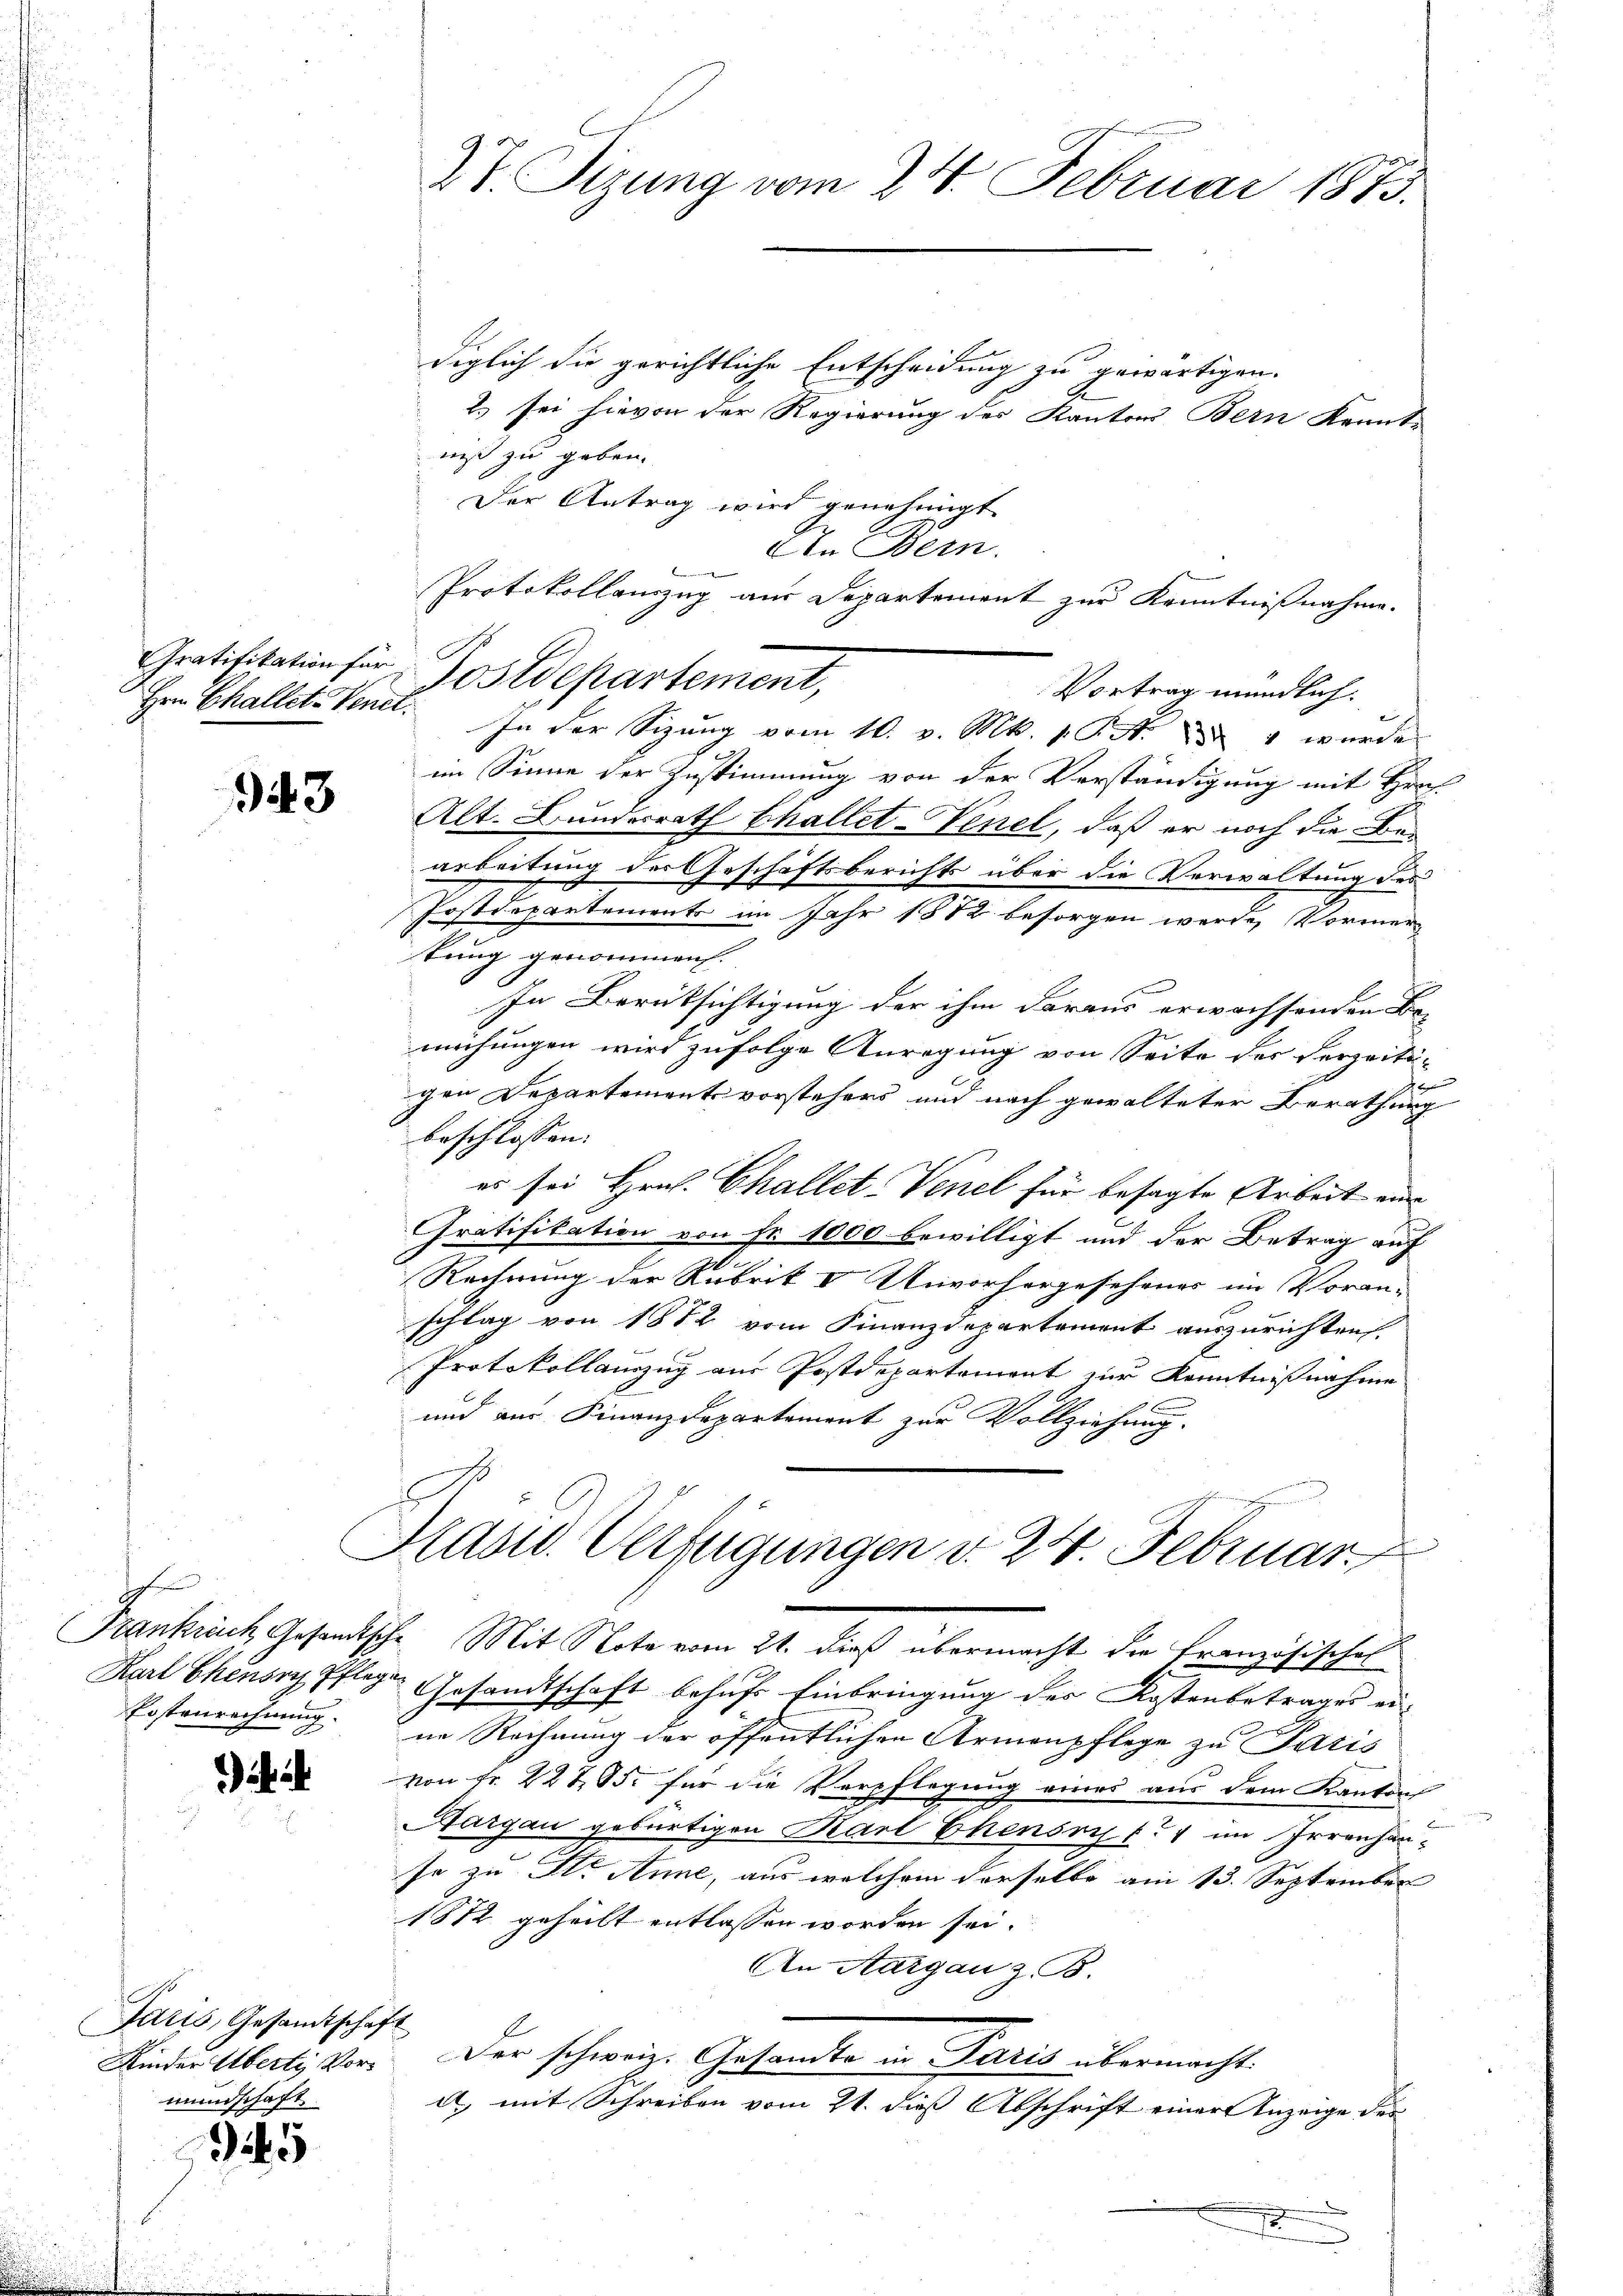
Hrn Challet-Venet.

43

h
Erstenrechnung.

Idris, Gesandtschaft
Kinder Überti Vormundschaft.

5

diglich die gerichtliche Entscheidung zu gewärtigen.
2. sei hievon der Regierung des Kantons Bern kannte
niß zu geben.
Der Antrag wird genehmigt.
AIn Bern.
Protokollanzug aus Departement zur Kenntnißnahme.
Vortrag mündlich.
In der Sizung vom 10. v. Mk. 1. P. N. 284 wurde
im Sinne der Zustimmung von der Verständigung mit Hrn.
Alt. Bundesrath Challet-Venel, daß er noch die Bearbeitung des Geschäftsberichts über die Vorwaltung des
Postdepartements im Jahr 1882 besorgen werde, Vormer-
tung genommen.
In Berüksichtigung der ihm daraus erwachsenden Be-
mühungen wird zufolge Anregung von Seite des Verzeiti-
gen Departement vorstehers und nach gewalteter Berathung
beschlossen:
es sei Hrn. Challet-Venel für besagte Arbeit ein
Gratifikation von Fr. 1000 bewilligt und der Betrag auf
Rechnung der Rubrik I Unvorhergesehenes im Voran-
schlag von 1872 vom Finanzdepartement auszurichten.
Protokollanzug aus Postdepartement zur Kenntnißnahme
und aus Finanzdepartement zur Vollziehung.
Präsid. Verfügungen v. 24. Februar
Krankruck, Gesandtsche. Mit Note vom 21. dieß übermacht die Französisches
Karl Ekensry Pflege Gesandtschaft behufs Einbringung des Kostenbetrages eine Rechnung der öffentlichen Armenpflege zu Paris
von Fr. 22t 95 für die Verpflegung eines aus dem Kanton
Aargau gebürtigen Karl Ekensrif. 1 im Irrenhan
se zu St. Anne, aus welchem derselbe am 13. September
1872 geheilt entlassen worden sei.
An Aargau z. B.
Der schweiz. Gesandte in Paris übermacht.
d) mit Schreiben vom 21. dieß Abschrift einer Anzeige der
.

2t. Sizung vom 28. Februar 1873.

Gratifikation für Postdepartement,